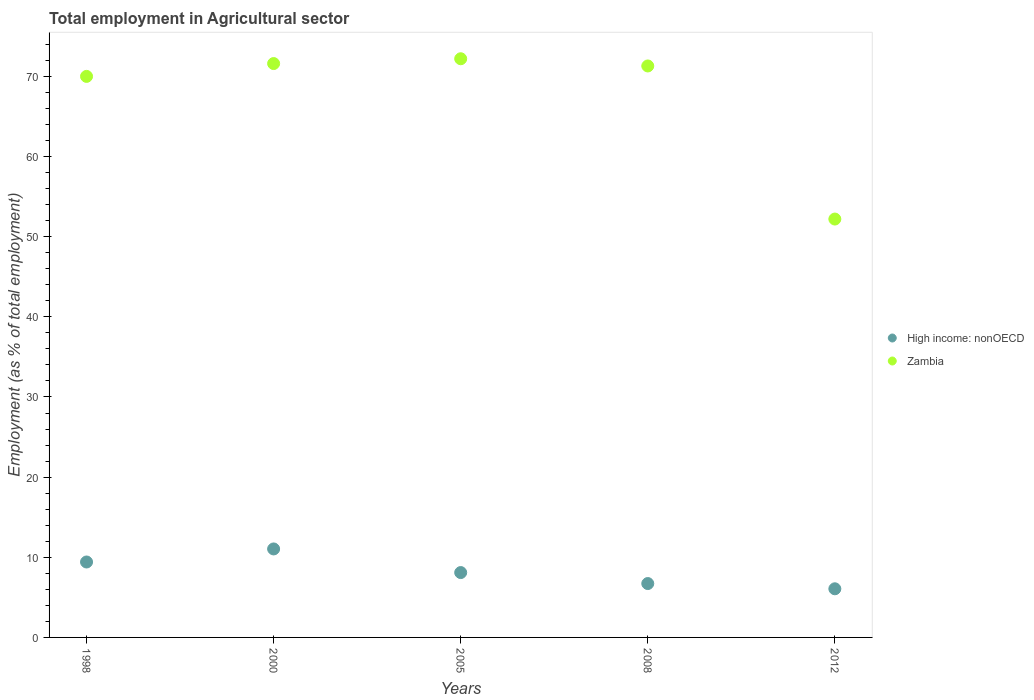
| Years | High income: nonOECD | Zambia |
 | --- | --- | --- |
 | 1998 | 9.41 | 70 |
 | 2000 | 11 | 71.6 |
 | 2005 | 8.09 | 72.2 |
 | 2008 | 6.72 | 71.3 |
 | 2012 | 6.07 | 52.2 |